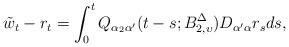
LaTeX: \begin{align*} \tilde{w}_t - r_t = \int_0^t Q_{\alpha_2 \alpha'}(t-s;B_{2,\upsilon}^\Delta) D_{\alpha'\alpha} r_s d s,\end{align*}